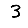
Digit: 3